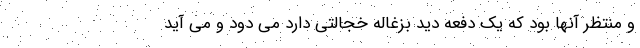
و منتظر آنها بود که یک دفعه دید بزغاله خجالتی دارد می دود و می آید